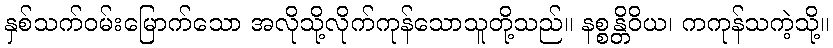
နှစ်သက်ဝမ်းမြောက်သော အလိုသို့လိုက်ကုန်သောသူတို့သည်။ နစ္စန္တိဝိယ၊ ကကုန်သကဲ့သို့။